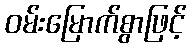
ဝမ်းမြောက်စွာဖြင့်